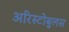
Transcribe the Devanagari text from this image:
अरिस्टोबुलस